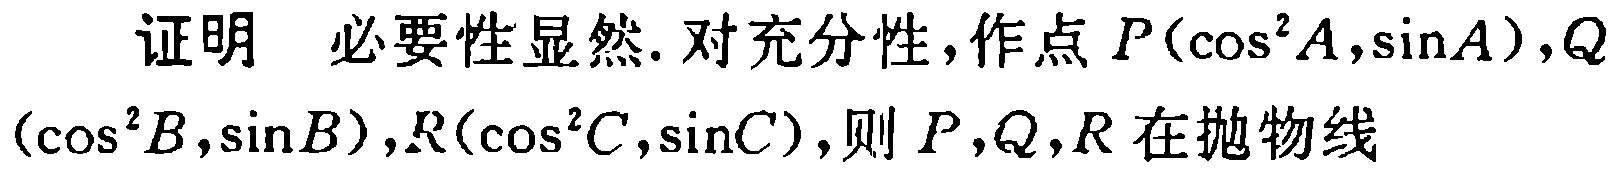
证明 必要性显然. 对充分性, 作点 \(P(\cos^{2}A,\sin A),Q(\cos^{2}B,\sin B),R(\cos^{2}C,\sin C)\), 则 \(P,Q,R\) 在抛物线